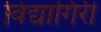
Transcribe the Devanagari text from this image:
विंद्यागिरी